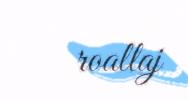
roallaj